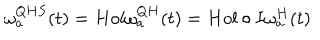
LaTeX: \omega _ { a } ^ { Q H S } ( t ) = H o l \omega _ { a } ^ { Q H } ( t ) = H o l \circ I \omega _ { a } ^ { H } ( t )